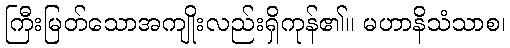
ကြီးမြတ်သောအကျိုးလည်းရှိကုန်၏။ မဟာနိသံသာစ၊